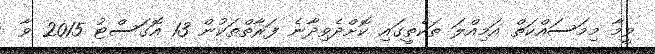
ވީމާ މިމަސައްކަތް އަމިއްލަ ތަކެތީގައި ކޮށްދެވިދާނެ ފަރާތްތަކުން 13 އޮގަސްޓު 2015 ވާ